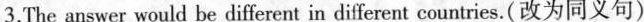
3.The answer would be different in different countries. (改为同义句)